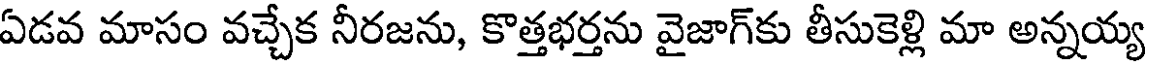
ఏడవ మాసం వచ్చేక నీరజను, కొత్తభర్తను వైజాగ్కు తీసుకెళ్లి మా అన్నయ్య